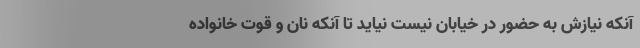
آنکه نیازش به حضور در خیابان نیست نیاید تا آنکه نان و قوت خانواده